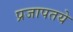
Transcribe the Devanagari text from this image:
प्रजापतये